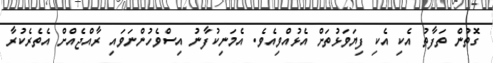
ގޮތުން ތަފާތު އެކި އެކި ފިޔަވަޅުތަށް އެޅުއްވިއެވެ. އެމަނިކުފާނު އިސްވެހުންނަވައި ރާއްޖެއްށް އެތެރެކުރާ